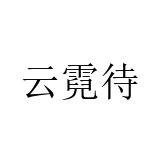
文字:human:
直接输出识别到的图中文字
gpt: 云霓待